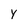
Character: y